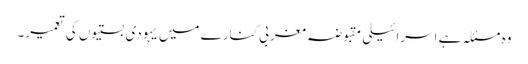
وہ مسئلہ ہے اسرائیلی مقبوضہ مغربی کنارے میں یہودی بستیوں کی تعمیر۔